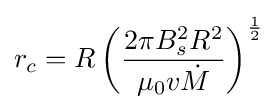
r_{c}=R\left({\frac {2\pi B_{s}^{2}R^{2}}{\mu _{0}v{\dot {M}}}}\right)^{1 \over 2}